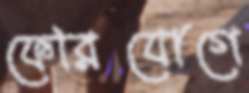
ফেরিযোগে